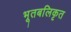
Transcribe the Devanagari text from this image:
भूतबलिकृत